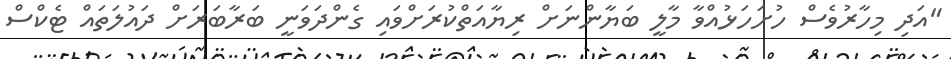
"އަދި މިހާރުވެސް ހުށަހަޅުއްވާ މާލީ ބަޔާންނަށް ރިޔާއަތްކުރަށްވައި ގެންދަވަނީ ބަރާބަރަށް ދައުލަތައް ޓެކްސް